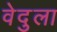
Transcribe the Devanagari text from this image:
वेदुला